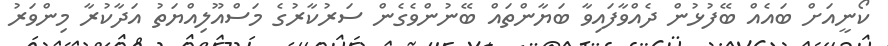
ކޯނީއަށް ބައެއް ބޭފުޅުން ދެއްވާފައިވާ ބަޔާންތައް ބޭނުންވެގެން ސަރުކާރުގެ މަސްއޫލިއްޔަތު އަދާކުރާ މިންވަރު